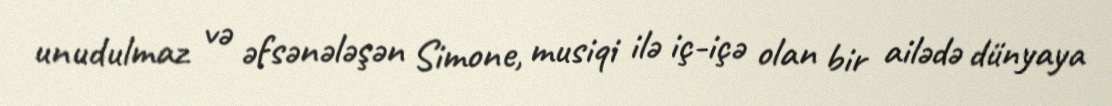
unudulmaz və əfsənələşən Simone, musiqi ilə iç-içə olan bir ailədə dünyaya